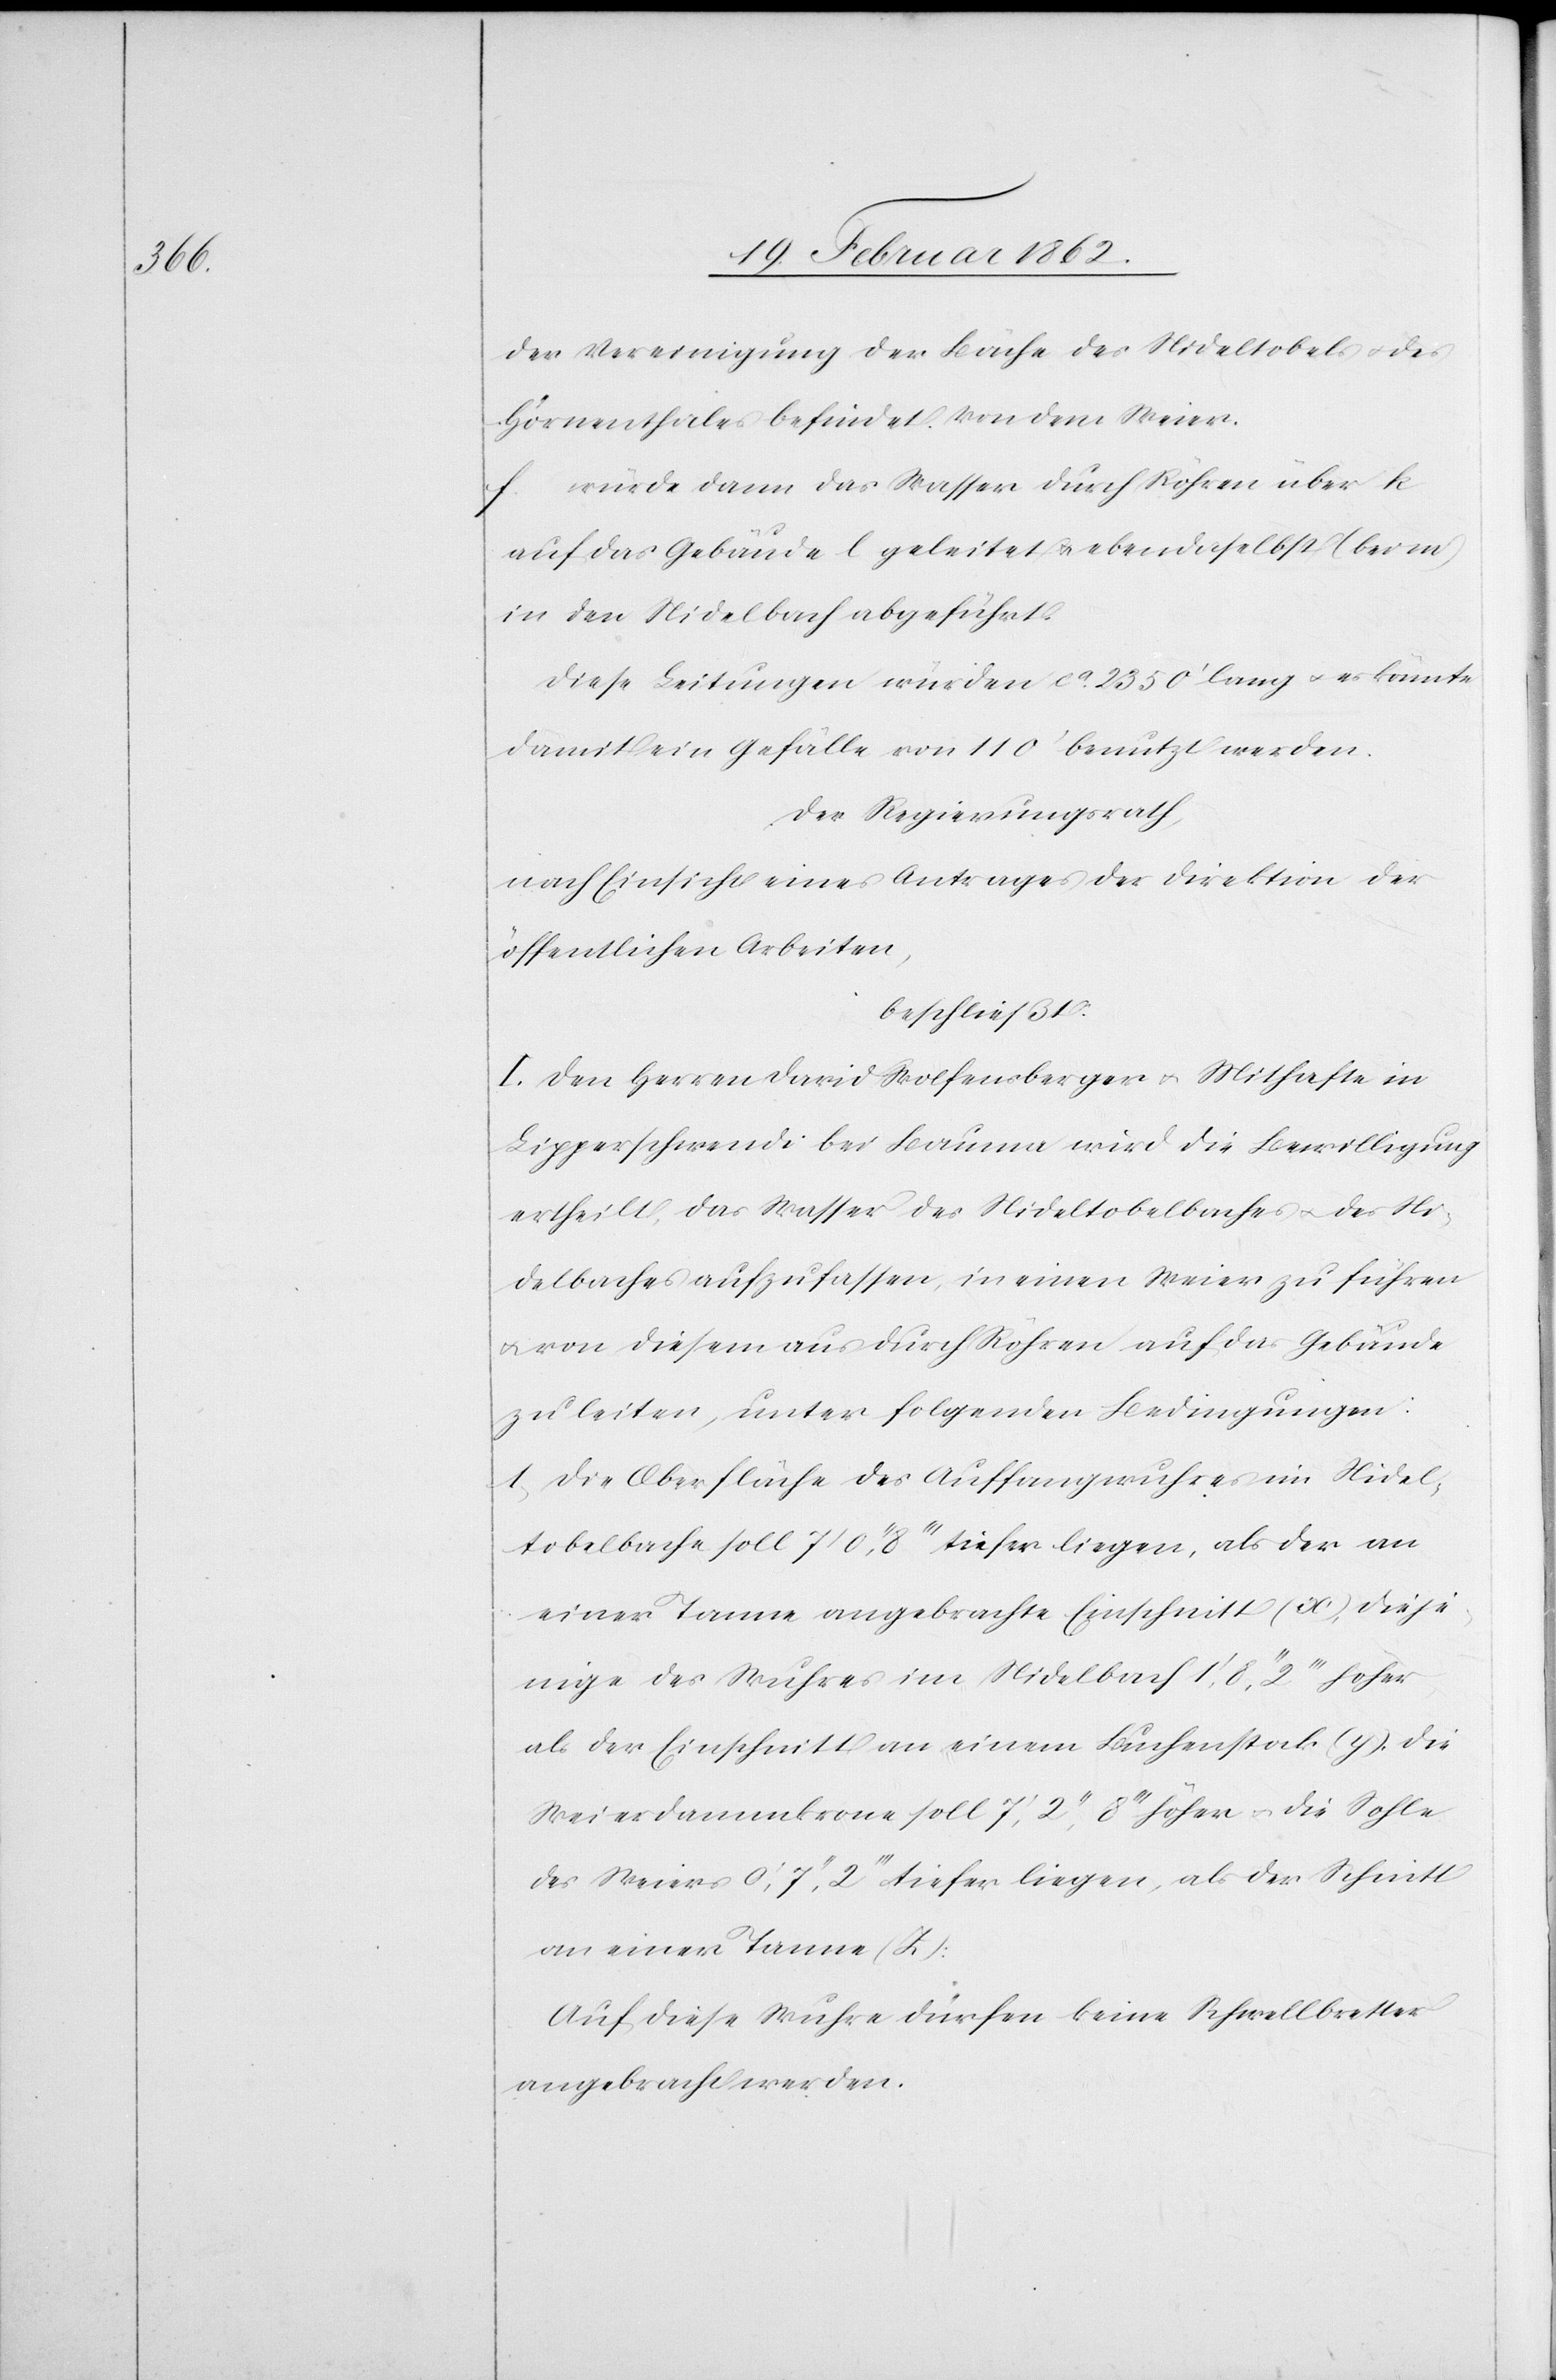
der Vereinigung der Bäche des Nideltobels u. des
Hörnenthales befindet. Von dem Weier
f. würde dann das Wasser durch Röhren über k
auf das Gebäude l geleitet u. ebendaselbst (bei m)
in den Nidelbach abgeführt.
Diese Leitungen würden ca. 2350’ lang u. es könnte
damit ein Gefälle von 110’ benutzt werden.
Der Regierungsrath,
nach Einsicht eines Antrages der Direktion der
öffentlichen Arbeiten,
beschließt:
I. Den Herren David Wolfensberger u. Mithafte in
Lipperschwendi bei Bauma wird die Bewilligung
ertheilt, das Wasser des Nideltobelbaches u. des Ni¬
delbaches aufzufassen, in einen Weier zu führen
u. von diesem aus durch Röhren auf das Gebäude
zu leiten, unter folgenden Bedingungen:
1) Die Oberfläche des Auffangwuhres im Nidel¬
tobelbache soll 7’ 0’’ 8’’’ tiefer liegen, als der an
einer Tanne angebrachte Einschnitt (x), dieje¬
nige des Wuhres im Nidelbach 1’ 8’’ 2’’’ höher
als der Einschnitt an einem Buchenstock (y), die
Weierdammkrone soll 7’ 2’’ 8’’’ höher u. die Sohle
des Weiers 0’ 7’’ 2’’’ tiefer liegen, als der Schnitt
an einer Tanne (Z):
Auf diese Wuhre dürfen keine Schwellbretter
angebracht werden.